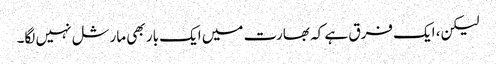
لیکن، ایک فرق ہے کہ بھارت میں ایک بار بھی مارشل نہیں لگا۔